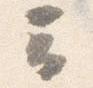
云